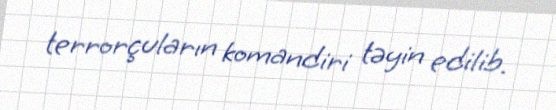
terrorçuların komandiri təyin edilib.